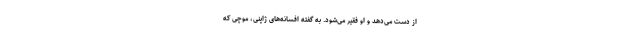
از دست می‌دهد و او فقیر می‌شود. به گفته افسانه‌های ژاپنی، موچی که